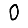
Digit: 0